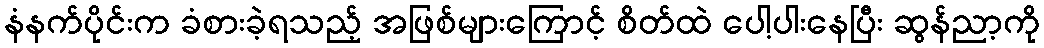
နံနက်ပိုင်းက ခံစားခဲ့ရသည့် အဖြစ်များကြောင့် စိတ်ထဲ ပေါ့ပါးနေပြီး ဆွန်ညာ့ကို